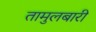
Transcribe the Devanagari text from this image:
तामुलबारी